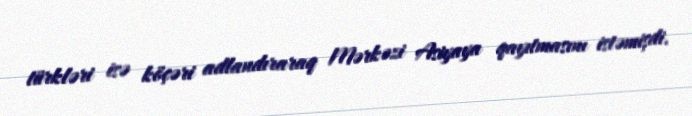
türkləri isə köçəri adlandıraraq Mərkəzi Asiyaya qayıtmasını istəmişdi.